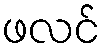
ဖလင်